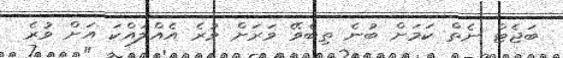
ބަޖެޓް ނެތް ކަމަށް ބުނެ ތިބެވޭ ވަރަށް ވުރެ އެއްްލައްކަ އަށް ވުރެ